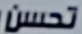
تحسن